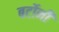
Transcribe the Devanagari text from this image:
बर्टोनी